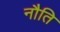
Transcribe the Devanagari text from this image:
नौति